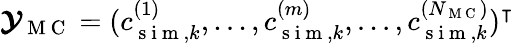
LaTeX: \boldsymbol{\mathcal{Y}}_{\mathrm{~M~C~}}=(c_{\mathrm{~s~i~m~},k}^{(1)},...,c_{\mathrm{~s~i~m~},k}^{(m)},...,c_{\mathrm{~s~i~m~},k}^{(N_{\mathrm{~M~C~}})})^{\intercal}